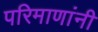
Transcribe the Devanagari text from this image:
परिमाणांनी